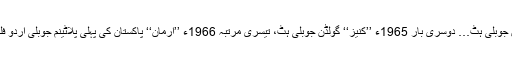
اس کی معقول وجہ بھی موجود ہے، کیوں کہ ان کا پہلا اشتراک 1964ء ہی’’ہیرا اور پتھر‘‘ گولڈن جوبلی ہٹ… دوسری بار 1965ء ’’کنیز‘‘ گولڈن جوبلی ہٹ، تیسری مرتبہ 1966ء ’’ارمان‘‘ پاکستان کی پہلی پلاٹینم جوبلی اردو فلم… پے در پے سپر ڈوپر ہٹ کام یابیوں کی ایسی تاریخ قبل ازیں کسی جوڑی نے رقم ہی نہیں کی۔